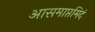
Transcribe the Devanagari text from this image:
आसमाप्तमिदं